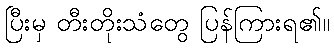
ပြီးမှ တီးတိုးသံတွေ ပြန်ကြားရ၏။